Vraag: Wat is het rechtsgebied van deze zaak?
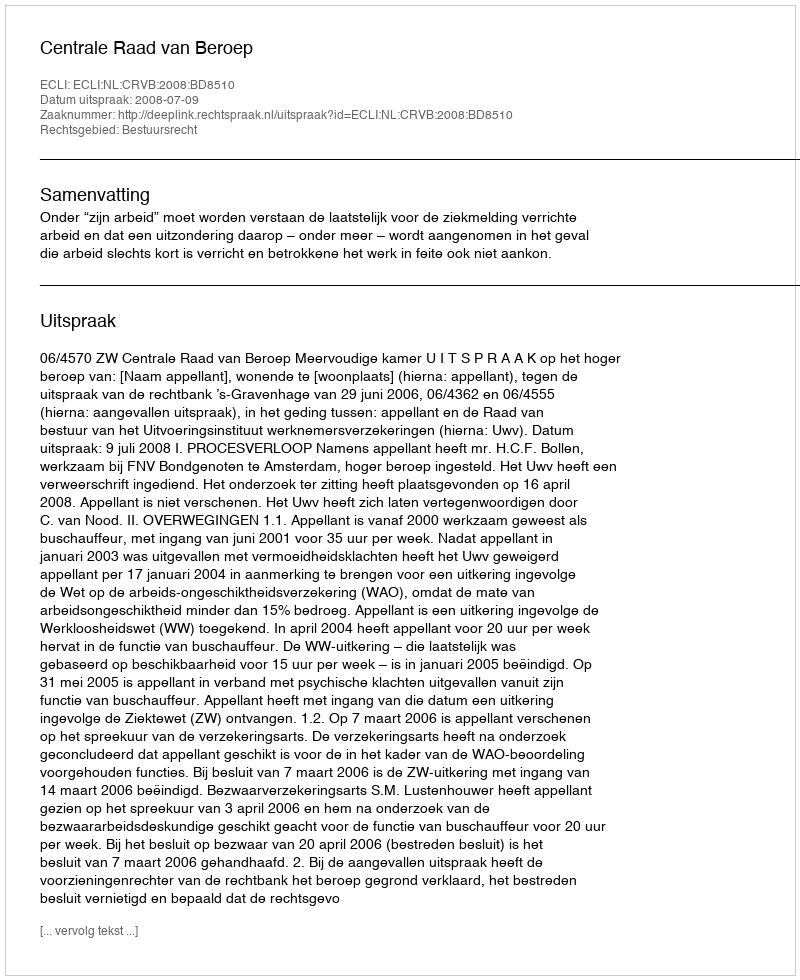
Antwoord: Bestuursrecht